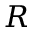
R